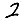
Digit: 2